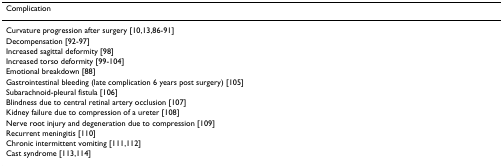
| Complication |
 | --- |
 | Curvature progression after surgery [10,13,86-91] |
 | Decompensation [92-97] |
 | Increased sagittal deformity [98] |
 | Increased torso deformity [99-104] |
 | Emotional breakdown [88] |
 | Gastrointestinal bleeding (late complication 6 years post surgery) [105] |
 | Subarachnoid-pleural fistula [106] |
 | Blindness due to central retinal artery occlusion [107] |
 | Kidney failure due to compression of a ureter [108] |
 | Nerve root injury and degeneration due to compression [109] |
 | Recurrent meningitis [110] |
 | Chronic intermittent vomiting [111,112] |
 | Cast syndrome [113,114] |